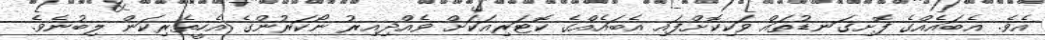
އެވެ. އެބައެއްގެ ފޮށިގަނޑުތައް ވަކިކޮށްފައި އެބައެއްގެ ކޮޓަރިއަކަށް ވެއްދިއިރު ނޯކަރުންގެ އެހީތެރިކަން ލިބުނެވެ.